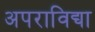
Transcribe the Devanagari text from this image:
अपराविद्या